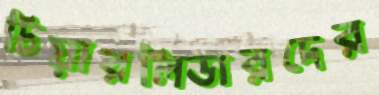
চিয়ারলিডারদের